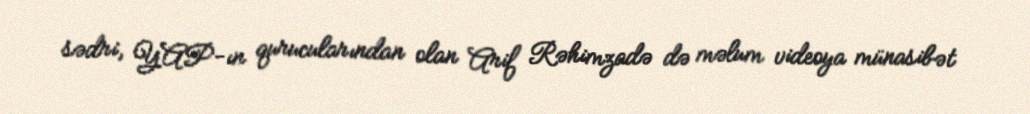
sədri, YAP-ın qurucularından olan Arif Rəhimzadə də məlum videoya münasibət